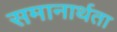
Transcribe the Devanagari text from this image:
समानार्थता